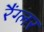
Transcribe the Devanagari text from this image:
रैंग्लर